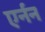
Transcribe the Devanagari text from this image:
एर्नन